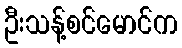
ဦးသန့်စင်မောင်က